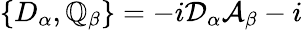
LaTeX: \{ D_{\alpha},\mathbb{Q}_{\beta}\} =-i\mathcal{{D}}_{\alpha}\mathcal{{A}}_{\beta}-i